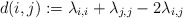
\begin{align*} d(i,j) := \lambda_{i,i} + \lambda_{j,j} - 2 \lambda_{i,j}\end{align*}